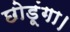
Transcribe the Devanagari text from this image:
छोडूंगा।